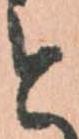
と